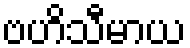
ဗဟိသီမာယ